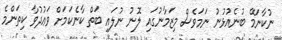
ނުކާނަމޭ ބުނެއުޅުނު ނަމަވެސް މިޒަމާނުގައި ލޮނު ނުލައި ބަތް ކާނެކަމަށް ވަޢުދުވާ ކިތަންމެ